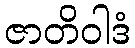
ဇာတိဝါဒံ